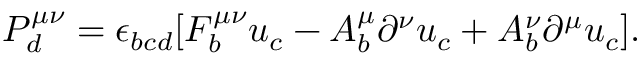
P _ { d } ^ { \mu \nu } = \epsilon _ { b c d } [ F _ { b } ^ { \mu \nu } u _ { c } - A _ { b } ^ { \mu } \partial ^ { \nu } u _ { c } + A _ { b } ^ { \nu } \partial ^ { \mu } u _ { c } ] .